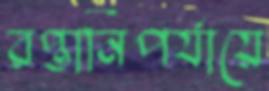
রপ্তানিপর্যায়ে